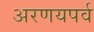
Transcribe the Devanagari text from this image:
अरणयपर्व